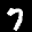
Label: 7